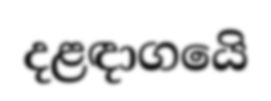
දළඳාගයෙි